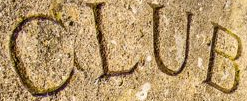
CLUB